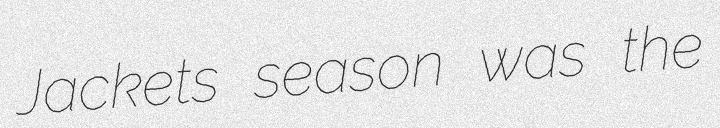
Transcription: Jackets season was the